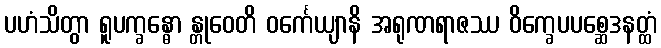
ပဟံသိတွာ ရူပက္ခန္ဓော န္တုဝေတိ ဝင်္ကေယျာနိ အရုဏရာဇဿ ဝိက္ခေပပစ္ဆေဒနတ္ထံ